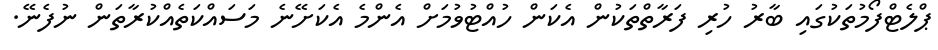
ޕްލެޓްފޯމުތަކުގައި ބާރު ހުރި ފަރާތްތަކުން އެކަން ހުއްޓުވުމަށް އެންމެ އެކަށޭނެ މަސައްކަތެއްކުރާތަން ނުފެނޭ.